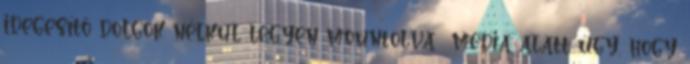
idegesítő dolgok nélkül legyen mountolva media alatt úgy, hogy